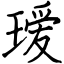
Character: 瑷